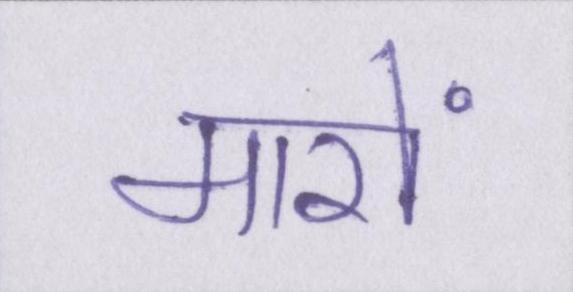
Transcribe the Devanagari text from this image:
मारों